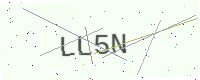
Text: LL5N